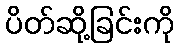
ပိတ်ဆို့ခြင်းကို